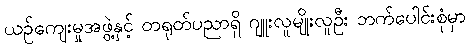
ယဉ်ကျေးမှုအဖွဲ့နှင့် တရုတ်ပညာရှိ ဂျူးလူမျိုးလူဦး ဘက်ပေါင်းစုံမှာ